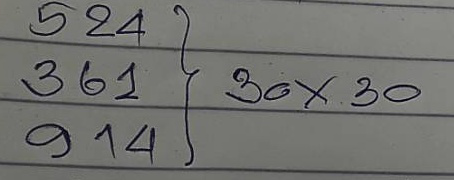
524 = 30 x 30
361 = 30 x 30
914 = 30 x 30